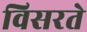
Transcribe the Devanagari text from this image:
विसरते